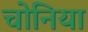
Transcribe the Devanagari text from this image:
चोनिया